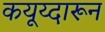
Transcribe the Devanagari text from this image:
कयूय्दारून